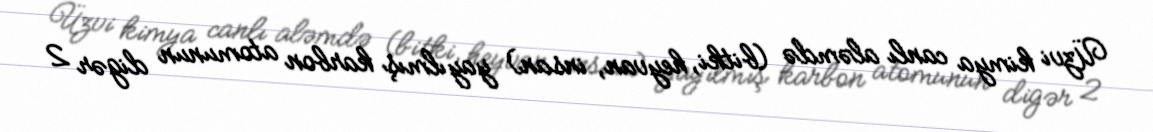
Üzvi kimya canlı aləmdə (bitki, heyvan, insan) yayılmış karbon atomunun digər 2